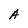
Character: A